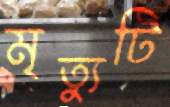
মৃত্যুটি